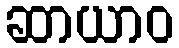
ဆာယာဝ